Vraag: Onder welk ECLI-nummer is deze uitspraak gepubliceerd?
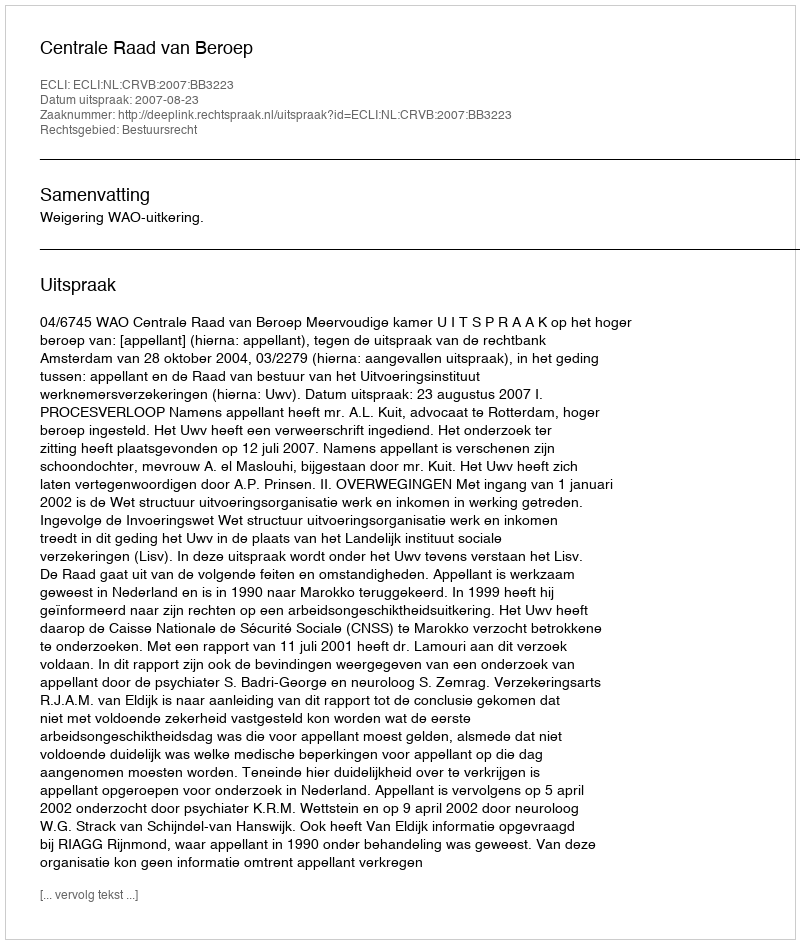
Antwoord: ECLI:NL:CRVB:2007:BB3223